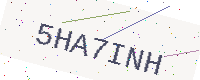
Text: 5HA7INH